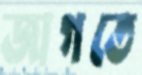
জাগতে